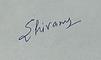
Signature authenticity: genuine